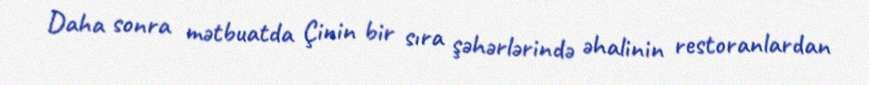
Daha sonra mətbuatda Çinin bir sıra şəhərlərində əhalinin restoranlardan